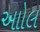
આોલ